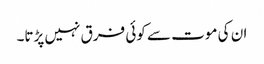
ان کی موت سے کوئی فرق نہیں پڑتا۔